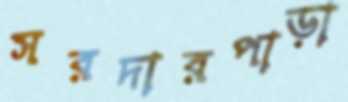
সরদারপাড়া